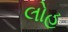
લોહ